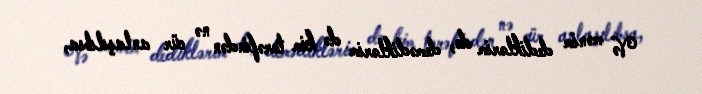
Və mənim dediklərim də, demədiklərim də kim tərəfindən nə cür anlaşılıbsa,